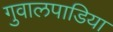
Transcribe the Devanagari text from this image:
गुवालपाडिया